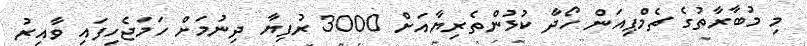
މި މުބާރާތުގެ ޗެމްޕިއަން ހޯދާ ކުޅުންތެރިޔާއަށް 3000 ރުފިޔާ ދިނުމަށް ހަމަޖެހިފައި ވާއިރު